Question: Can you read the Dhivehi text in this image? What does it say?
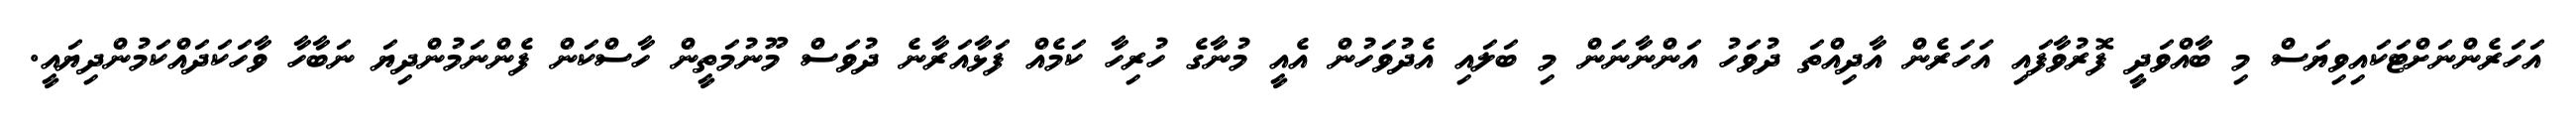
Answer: އަހަރެންނަށްޓަކައިވިޔަސް މި ބާއްވަދީ ފޮރުވާފައި އަހަރެން އާދިއްތަ ދުވަހު އަންނާނަން މި ބަލައި އެދުވަހުން އެއީ މުނާގެ ހުރިހާ ކަމެއް ފަޅާއަރާނެ ދުވަސް މޫނުމަތީން ހާސްކަން ފެންނަމުންދިޔަ ނަބާހާ ވާހަކަދައްކަމުންދިޔައީ.